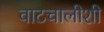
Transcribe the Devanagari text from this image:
वाटचालीशी